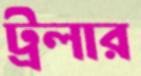
ট্রলার